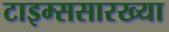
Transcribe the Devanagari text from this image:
टाइम्ससारख्या